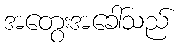
အတွေးအခေါ်သည်